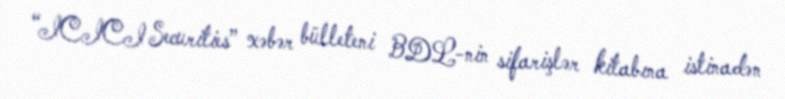
“ICICI Securities” xəbər bülleteni BDL-nin sifarişlər kitabına istinadən